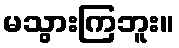
မသွားကြဘူး။